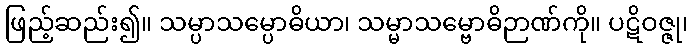
ဖြည့်ဆည်း၍။ သမ္ပာသမ္ပောဓိယာ၊ သမ္မာသမ္ဗောဓိဉာဏ်ကို။ ပဋိဝဇ္ဇု၊